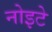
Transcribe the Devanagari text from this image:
नोइटे